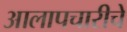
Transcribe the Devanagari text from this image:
आलापचारीचे